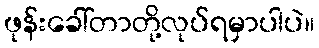
ဖုန်းခေါ်တာတို့လုပ်ရမှာပါပဲ။